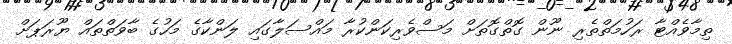
ތިމާވެއްޓާ ރަހުމަތްތެރި ނޫން ގޮތްގޮތަށް މަސްވެރިކަންކުރާ މައްސަލާގައި ލަންކާގެ މަހުގެ ބާވަތްތައް ޔޫރަޕަށް